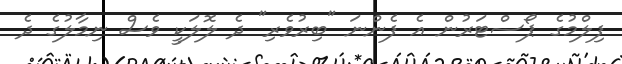
ފިލްމުގެ ޕޯސްޓަރުން އެ ފެންނަ "ބިރުވެރި" ދެ ލޮލަކީ ވެސް ނިމާލުގެ ދެ